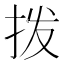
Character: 拨